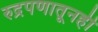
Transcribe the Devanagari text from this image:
रुद्रपणातूनही